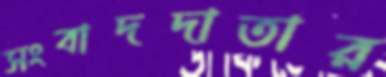
সংবাদদাতার